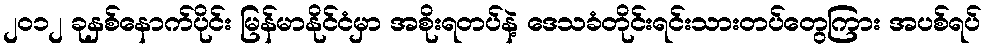
၂၀၁၂ ခုနှစ်နောက်ပိုင်း မြန်မာနိုင်ငံမှာ အစိုးရတပ်နဲ့ ဒေသခံတိုင်းရင်းသားတပ်တွေကြား အပစ်ရပ်